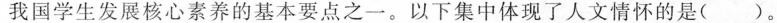
我国学生发展核心素养的基本要点之一。以下集中体现了人文情怀的是()。